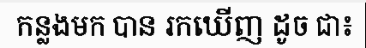
កន្លងមក បាន រកឃើញ ដូច ជា៖